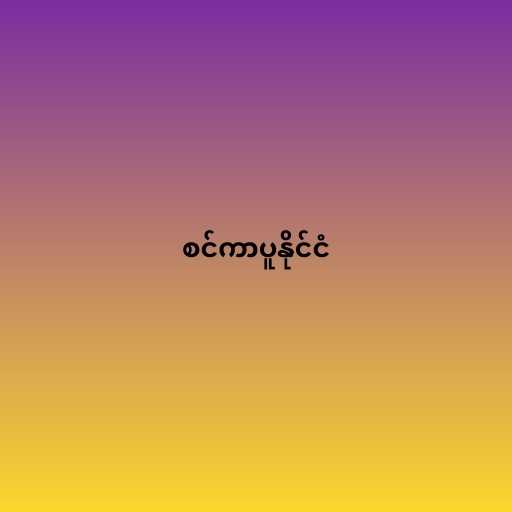
စင်ကာပူနိုင်ငံ